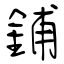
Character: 鋪